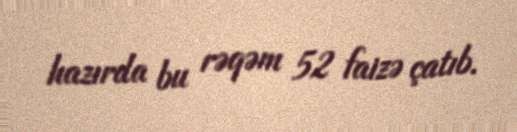
hazırda bu rəqəm 52 faizə çatıb.